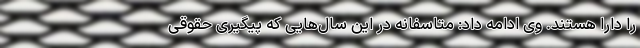
را دارا هستند. وی ادامه داد: متاسفانه در این سال‌هایی که پیگیری حقوقی